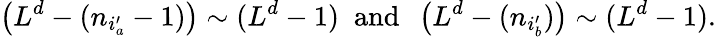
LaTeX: \left(L^{d}-(n_{i_{a}^{\prime}}-1)\right)\sim(L^{d}-1)\; \mathrm{~and~}\; \left(L^{d}-(n_{i_{b}^{\prime}})\right)\sim(L^{d}-1).